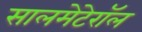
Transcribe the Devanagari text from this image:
सालमेटेरॉल